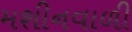
મશીનવાળી